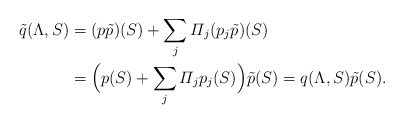
\begin{align*}\tilde q(\Lambda,S)&=(p\tilde p)(S)+\sum_j\varPi_j(p_j\tilde p)(S)\\&=\Bigl(p(S)+\sum_j\varPi_jp_j(S)\Bigr)\tilde p(S)=q(\Lambda,S)\tilde p(S).\end{align*}